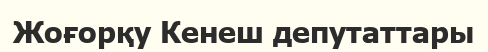
Жоғорқу Кенеш депутаттары